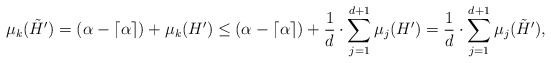
\begin{align*}\mu_k(\tilde{H}') &= (\alpha- \lceil\alpha\rceil)+ \mu_k(H')\le (\alpha-\lceil\alpha\rceil) + \frac{1}{d}\cdot\sum_{j=1}^{d+1}\mu_j(H')=\frac{1}{d}\cdot \sum_{j=1}^{d+1}\mu_j(\tilde{H}'),\end{align*}